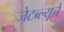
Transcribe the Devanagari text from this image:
जेटब्ल्यूचे